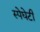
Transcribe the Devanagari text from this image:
स्पेघेटी